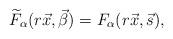
LaTeX: \begin{align*}\widetilde{F}_{\alpha}(r \vec{x}, \vec{\beta}) = F_{\alpha}(r \vec{x},\vec{s}),\end{align*}